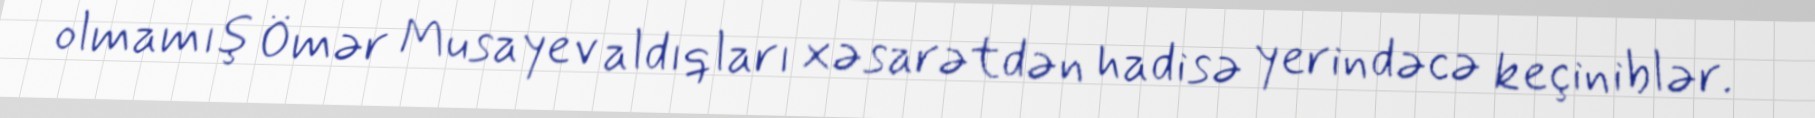
olmamış Ömər Musayev aldıqları xəsarətdən hadisə yerindəcə keçiniblər.